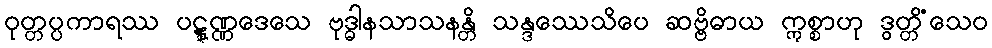
ဝုတ္တပ္ပကာရဿ ပဋ္ဋုဏ္ဏဒေသေ ဗုဒ္ဓါနသာသနန္တိ သန္ဒဿေသိပေ ဆဗ္ဗိဓာယ ဣစ္စာဟု ဒွတ္တိံသေဝ